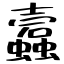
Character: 蠧